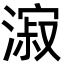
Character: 漃